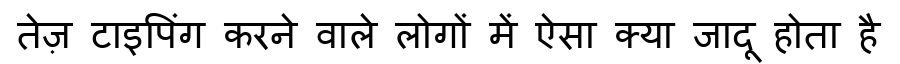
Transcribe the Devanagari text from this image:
तेज़ टाइपिंग करने वाले लोगों में ऐसा क्या जादू होता है